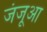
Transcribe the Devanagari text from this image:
जंजूआ